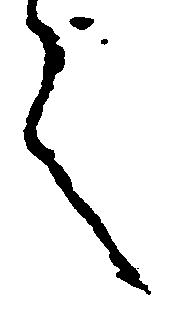
言